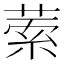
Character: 𦴃